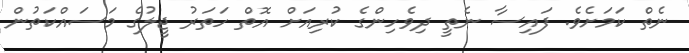
ނެތް ކަމަށެވެ. ފައިސާ ނެތީ ދިވެހިންގެ ކުރިއަށް އޮތް ހަތަރު ޖީލުގެ މަސައްކަތުން